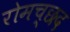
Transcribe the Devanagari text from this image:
रोमच्छद